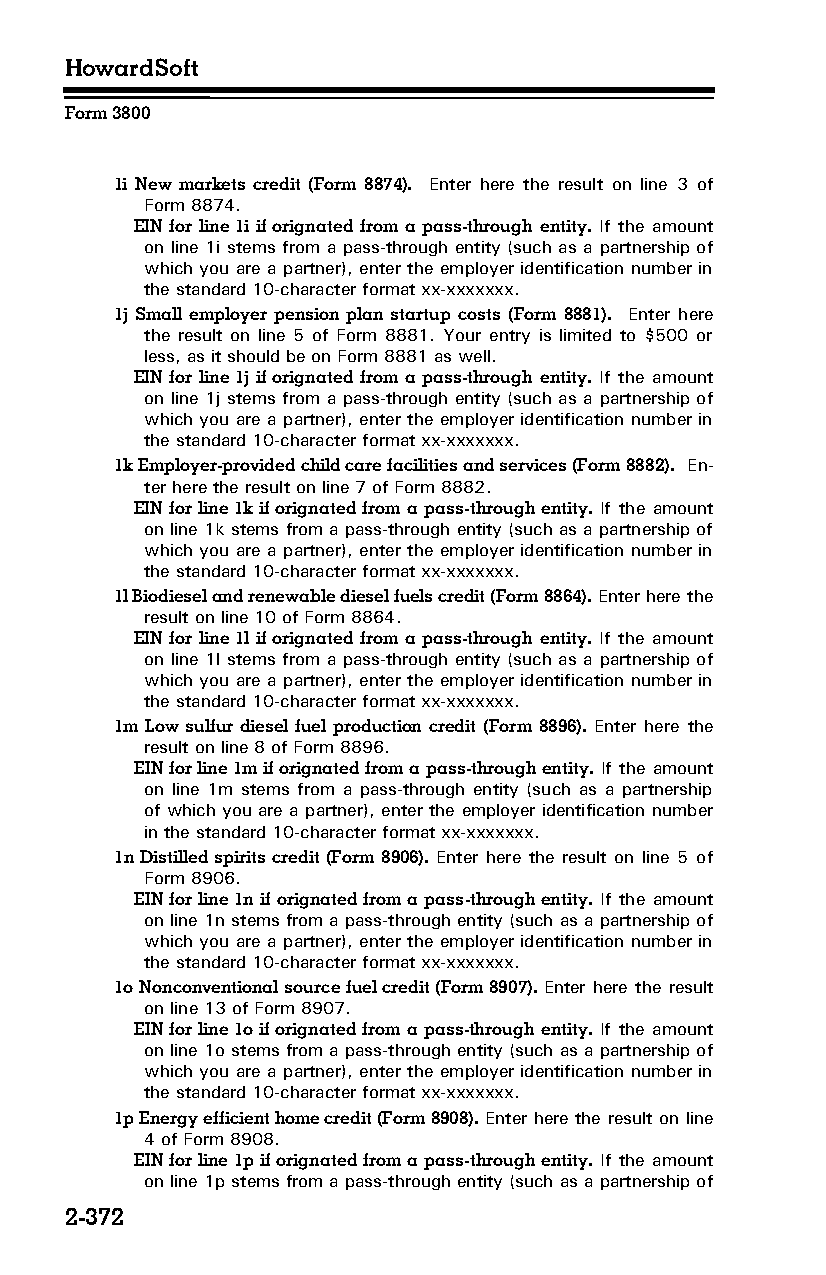
HowardSoft
 Form 3800
 1i New markets credit (Form 8874). Enter here the result on line 3 of
 Form 8874.
 EIN for line 1i if orignated from a pass-through entity. If the amount
 on line 1i stems from a pass-through entity (such as a partnership of
 which you are a partner), enter the employer identification number in
 the standard 10-character format xx-xxxxxxx.
 1j Small employer pension plan startup costs (Form 8881). Enter here
 the result on line 5 of Form 8881. Your entry is limited to $500 or
 less, as it should be on Form 8881 as well.
 EIN for line 1j if orignated from a pass-through entity. If the amount
 on line 1j stems from a pass-through entity (such as a partnership of
 which you are a partner), enter the employer identification number in
 the standard 10-character format xx-xxxxxxx.
 1k Employer-provided child care facilities and services (Form 8882). En­
 ter here the result on line 7 of Form 8882.
 EIN for line 1k if orignated from a pass-through entity. If the amount
 on line 1k stems from a pass-through entity (such as a partnership of
 which you are a partner), enter the employer identification number in
 the standard 10-character format xx-xxxxxxx.
 1l Biodiesel and renewable diesel fuels credit (Form 8864). Enter here the
 result on line 10 of Form 8864.
 EIN for line 1l if orignated from a pass-through entity. If the amount
 on line 1l stems from a pass-through entity (such as a partnership of
 which you are a partner), enter the employer identification number in
 the standard 10-character format xx-xxxxxxx.
 1m Low sulfur diesel fuel production credit (Form 8896). Enter here the
 result on line 8 of Form 8896.
 EIN for line 1m if orignated from a pass-through entity. If the amount
 on line 1m stems from a pass-through entity (such as a partnership
 of which you are a partner), enter the employer identification number
 in the standard 10-character format xx-xxxxxxx.
 1n Distilled spirits credit (Form 8906). Enter here the result on line 5 of
 Form 8906.
 EIN for line 1n if orignated from a pass-through entity. If the amount
 on line 1n stems from a pass-through entity (such as a partnership of
 which you are a partner), enter the employer identification number in
 the standard 10-character format xx-xxxxxxx.
 1o Nonconventional source fuel credit (Form 8907). Enter here the result
 on line 13 of Form 8907.
 EIN for line 1o if orignated from a pass-through entity. If the amount
 on line 1o stems from a pass-through entity (such as a partnership of
 which you are a partner), enter the employer identification number in
 the standard 10-character format xx-xxxxxxx.
 1p Energy efficient home credit (Form 8908). Enter here the result on line
 4 of Form 8908.
 EIN for line 1p if orignated from a pass-through entity. If the amount
 on line 1p stems from a pass-through entity (such as a partnership of
 2-372